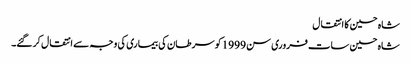
شاہ حسین کا انتقال
شاہ حسین سات فروری سن 1999 کو سرطان کی بیماری کی وجہ سے انتقال کر گئے۔